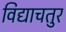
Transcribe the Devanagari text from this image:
विद्याचतुर